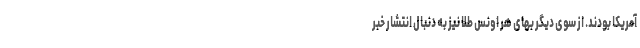
آمریکا بودند. از سوی دیگر بهای هر اونس طلا نیز به دنبال انتشار خبر